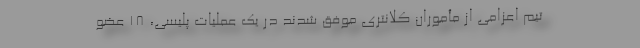
تیم اعزامی از مأموران کلانتری موفق شدند در یک عملیات پلیسی، ۱۸ عضو